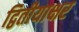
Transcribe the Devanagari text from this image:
द्वितीयाक्षर